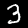
Label: 3